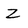
Character: Z